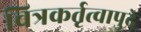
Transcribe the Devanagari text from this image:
चित्रकर्तृत्वापुढे